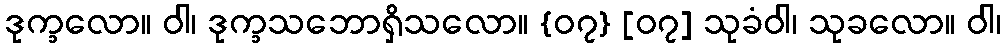
ဒုက္ခလော။ ဝါ၊ ဒုက္ခသဘောရှိသလော။ {၀၇} [၀၇] သုခံဝါ၊ သုခလော။ ဝါ၊